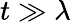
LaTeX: t\gg\lambda